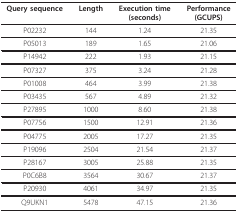
<table><thead><tr><td><b>Query sequence</b></td><td><b>Length</b></td><td><b>Execution time(seconds)</b></td><td><b>Performance(GCUPS)</b></td></tr></thead><tbody><tr><td>P02232</td><td>144</td><td>1.24</td><td>21.35</td></tr><tr><td>P05013</td><td>189</td><td>1.65</td><td>21.06</td></tr><tr><td>P14942</td><td>222</td><td>1.93</td><td>21.15</td></tr><tr><td>P07327</td><td>375</td><td>3.24</td><td>21.28</td></tr><tr><td>P01008</td><td>464</td><td>3.99</td><td>21.38</td></tr><tr><td>P03435</td><td>567</td><td>4.89</td><td>21.32</td></tr><tr><td>P27895</td><td>1000</td><td>8.60</td><td>21.38</td></tr><tr><td>P07756</td><td>1500</td><td>12.91</td><td>21.36</td></tr><tr><td>P04775</td><td>2005</td><td>17.27</td><td>21.35</td></tr><tr><td>P19096</td><td>2504</td><td>21.54</td><td>21.37</td></tr><tr><td>P28167</td><td>3005</td><td>25.88</td><td>21.35</td></tr><tr><td>P0C6B8</td><td>3564</td><td>30.67</td><td>21.37</td></tr><tr><td>P20930</td><td>4061</td><td>34.97</td><td>21.35</td></tr><tr><td>Q9UKN1</td><td>5478</td><td>47.15</td><td>21.36</td></tr></tbody></table>